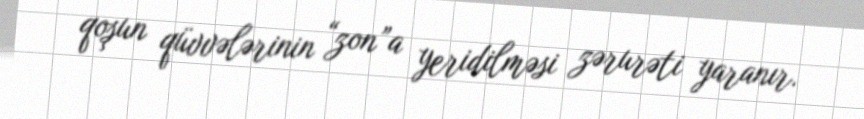
qoşun qüvvələrinin “zon”a yeridilməsi zərurəti yaranır.